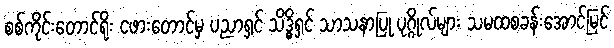
စစ်ကိုင်းတောင်ရိုး ငဖားတောင်မှ ပညာရှင် သိဒ္ဓိရှင် သာသနာပြု ပုဂ္ဂိုလ်များ သမထစခန်းအောင်မြင်